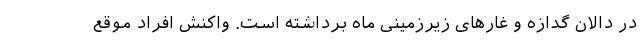
در دالان گدازه و غارهای زیرزمینی ماه برداشته است. واکنش افراد موقع